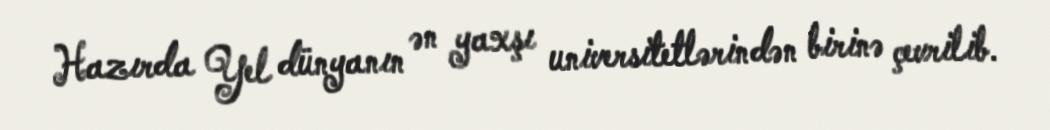
Hazırda Yel dünyanın ən yaxşı universitetlərindən birinə çevrilib.